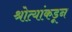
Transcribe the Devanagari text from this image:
श्रोत्यांकडून